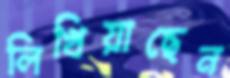
লিখিয়াছেন